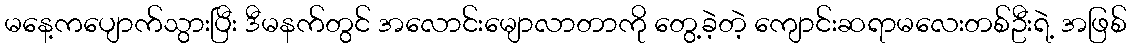
မနေ့ကပျောက်သွားပြီး ဒီမနက်တွင် အလောင်းမျောလာတာကို တွေ့ခဲ့တဲ့ ကျောင်းဆရာမလေးတစ်ဦးရဲ့ အဖြစ်